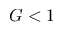
G < 1